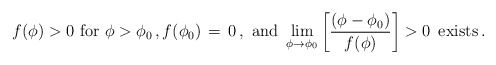
\begin{align*}f(\phi) > 0 \hbox{ for } \phi > \phi_0\,,f(\phi_0)\,=\,0\,,\hbox{ and }\lim_{\phi\to\phi_0}\left[\frac{(\phi - \phi_0)}{f(\phi)}\right] >0 \, \hbox{ exists}\,.\end{align*}